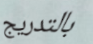
بالتدريج